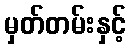
မှတ်တမ်းနှင့်